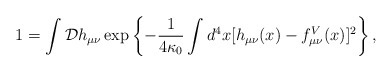
\begin{align*}1 = \int \mathcal{D}h_{\mu\nu} \exp \left\{ -{1 \over 4\kappa_0} \int d^4x [h_{\mu\nu}(x)-f^V_{\mu\nu}(x)]^2 \right\} , \end{align*}